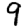
Digit: 9